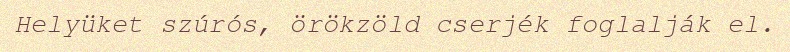
Helyüket szúrós, örökzöld cserjék foglalják el.